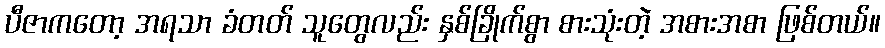
ပီဇာကတော့ အရသာ ခံတတ် သူတွေလည်း နှစ်ခြိုက်စွာ စားသုံးတဲ့ အစားအစာ ဖြစ်တယ်။